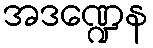
အဒဏ္ဍေန